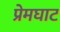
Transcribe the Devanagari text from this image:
प्रेमघाट